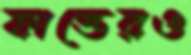
ফান্ডেরও